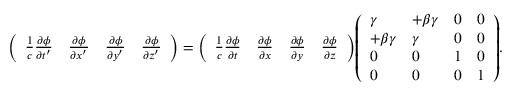
{ \left( \begin{array} { l l l l } { { \frac { 1 } { c } } { \frac { \partial \phi } { \partial t ^ { \prime } } } } & { { \frac { \partial \phi } { \partial x ^ { \prime } } } } & { { \frac { \partial \phi } { \partial y ^ { \prime } } } } & { { \frac { \partial \phi } { \partial z ^ { \prime } } } } \end{array} \right) } = { \left( \begin{array} { l l l l } { { \frac { 1 } { c } } { \frac { \partial \phi } { \partial t } } } & { { \frac { \partial \phi } { \partial x } } } & { { \frac { \partial \phi } { \partial y } } } & { { \frac { \partial \phi } { \partial z } } } \end{array} \right) } { \left( \begin{array} { l l l l } { \gamma } & { + \beta \gamma } & { 0 } & { 0 } \\ { + \beta \gamma } & { \gamma } & { 0 } & { 0 } \\ { 0 } & { 0 } & { 1 } & { 0 } \\ { 0 } & { 0 } & { 0 } & { 1 } \end{array} \right) } .